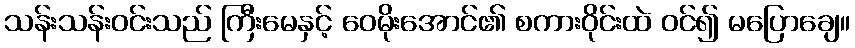
သန်းသန်းဝင်းသည် ကြီးမေနှင့် ဝေမိုးအောင်၏ စကားဝိုင်းထဲ ဝင်၍ မပြောချေ။